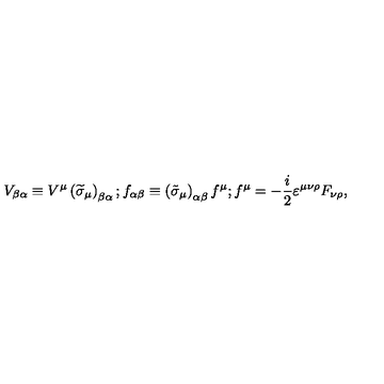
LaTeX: V _ { \beta \alpha } \equiv V ^ { \mu } \left( \widetilde { \sigma } _ { \mu } \right) _ { \beta \alpha } \mathrm { } ; \mathrm { } f _ { \alpha \beta } \equiv \left( \tilde { \sigma } _ { \mu } \right) _ { \alpha \beta } f ^ { \mu } \mathrm { } ; \mathrm { } f ^ { \mu } = - \frac i 2 \varepsilon ^ { \mu \nu \rho } F _ { \nu \rho } \mathrm { } ,